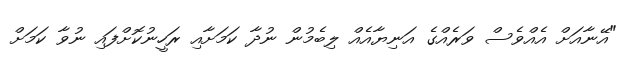
"އޭނާއަށް އެއްވެސް ވަރެއްގެ އަނިޔާއެއް ލިބެމުން ނުދާ ކަމަށާއި ރަހީނުކޮށްފައި ނުވާ ކަމަށް